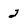
Character: 2